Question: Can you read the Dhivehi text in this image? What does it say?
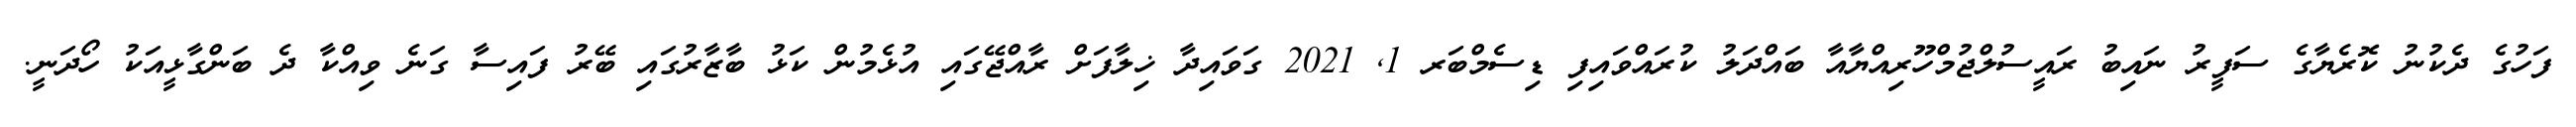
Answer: ފަހުގެ ދެކުނު ކޮރެޔާގެ ސަފީރު ނައިބު ރައީސުލްޖުމްހޫރިއްޔާއާ ބައްދަލު ކުރައްވައިފި ޑިސެމްބަރ 1, 2021 ގަވައިދާ ޚިލާފަށް ރާއްޖޭގައި އުޅެމުން ކަޅު ބާޒާރުގައި ބޭރު ފައިސާ ގަނެ ވިއްކާ ދެ ބަންގާޅީއަކު ހޯދަނީ.